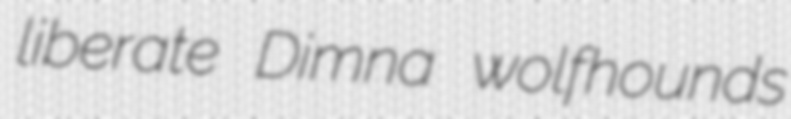
liberate Dimna wolfhounds